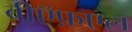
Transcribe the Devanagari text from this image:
वीऍफ़एल